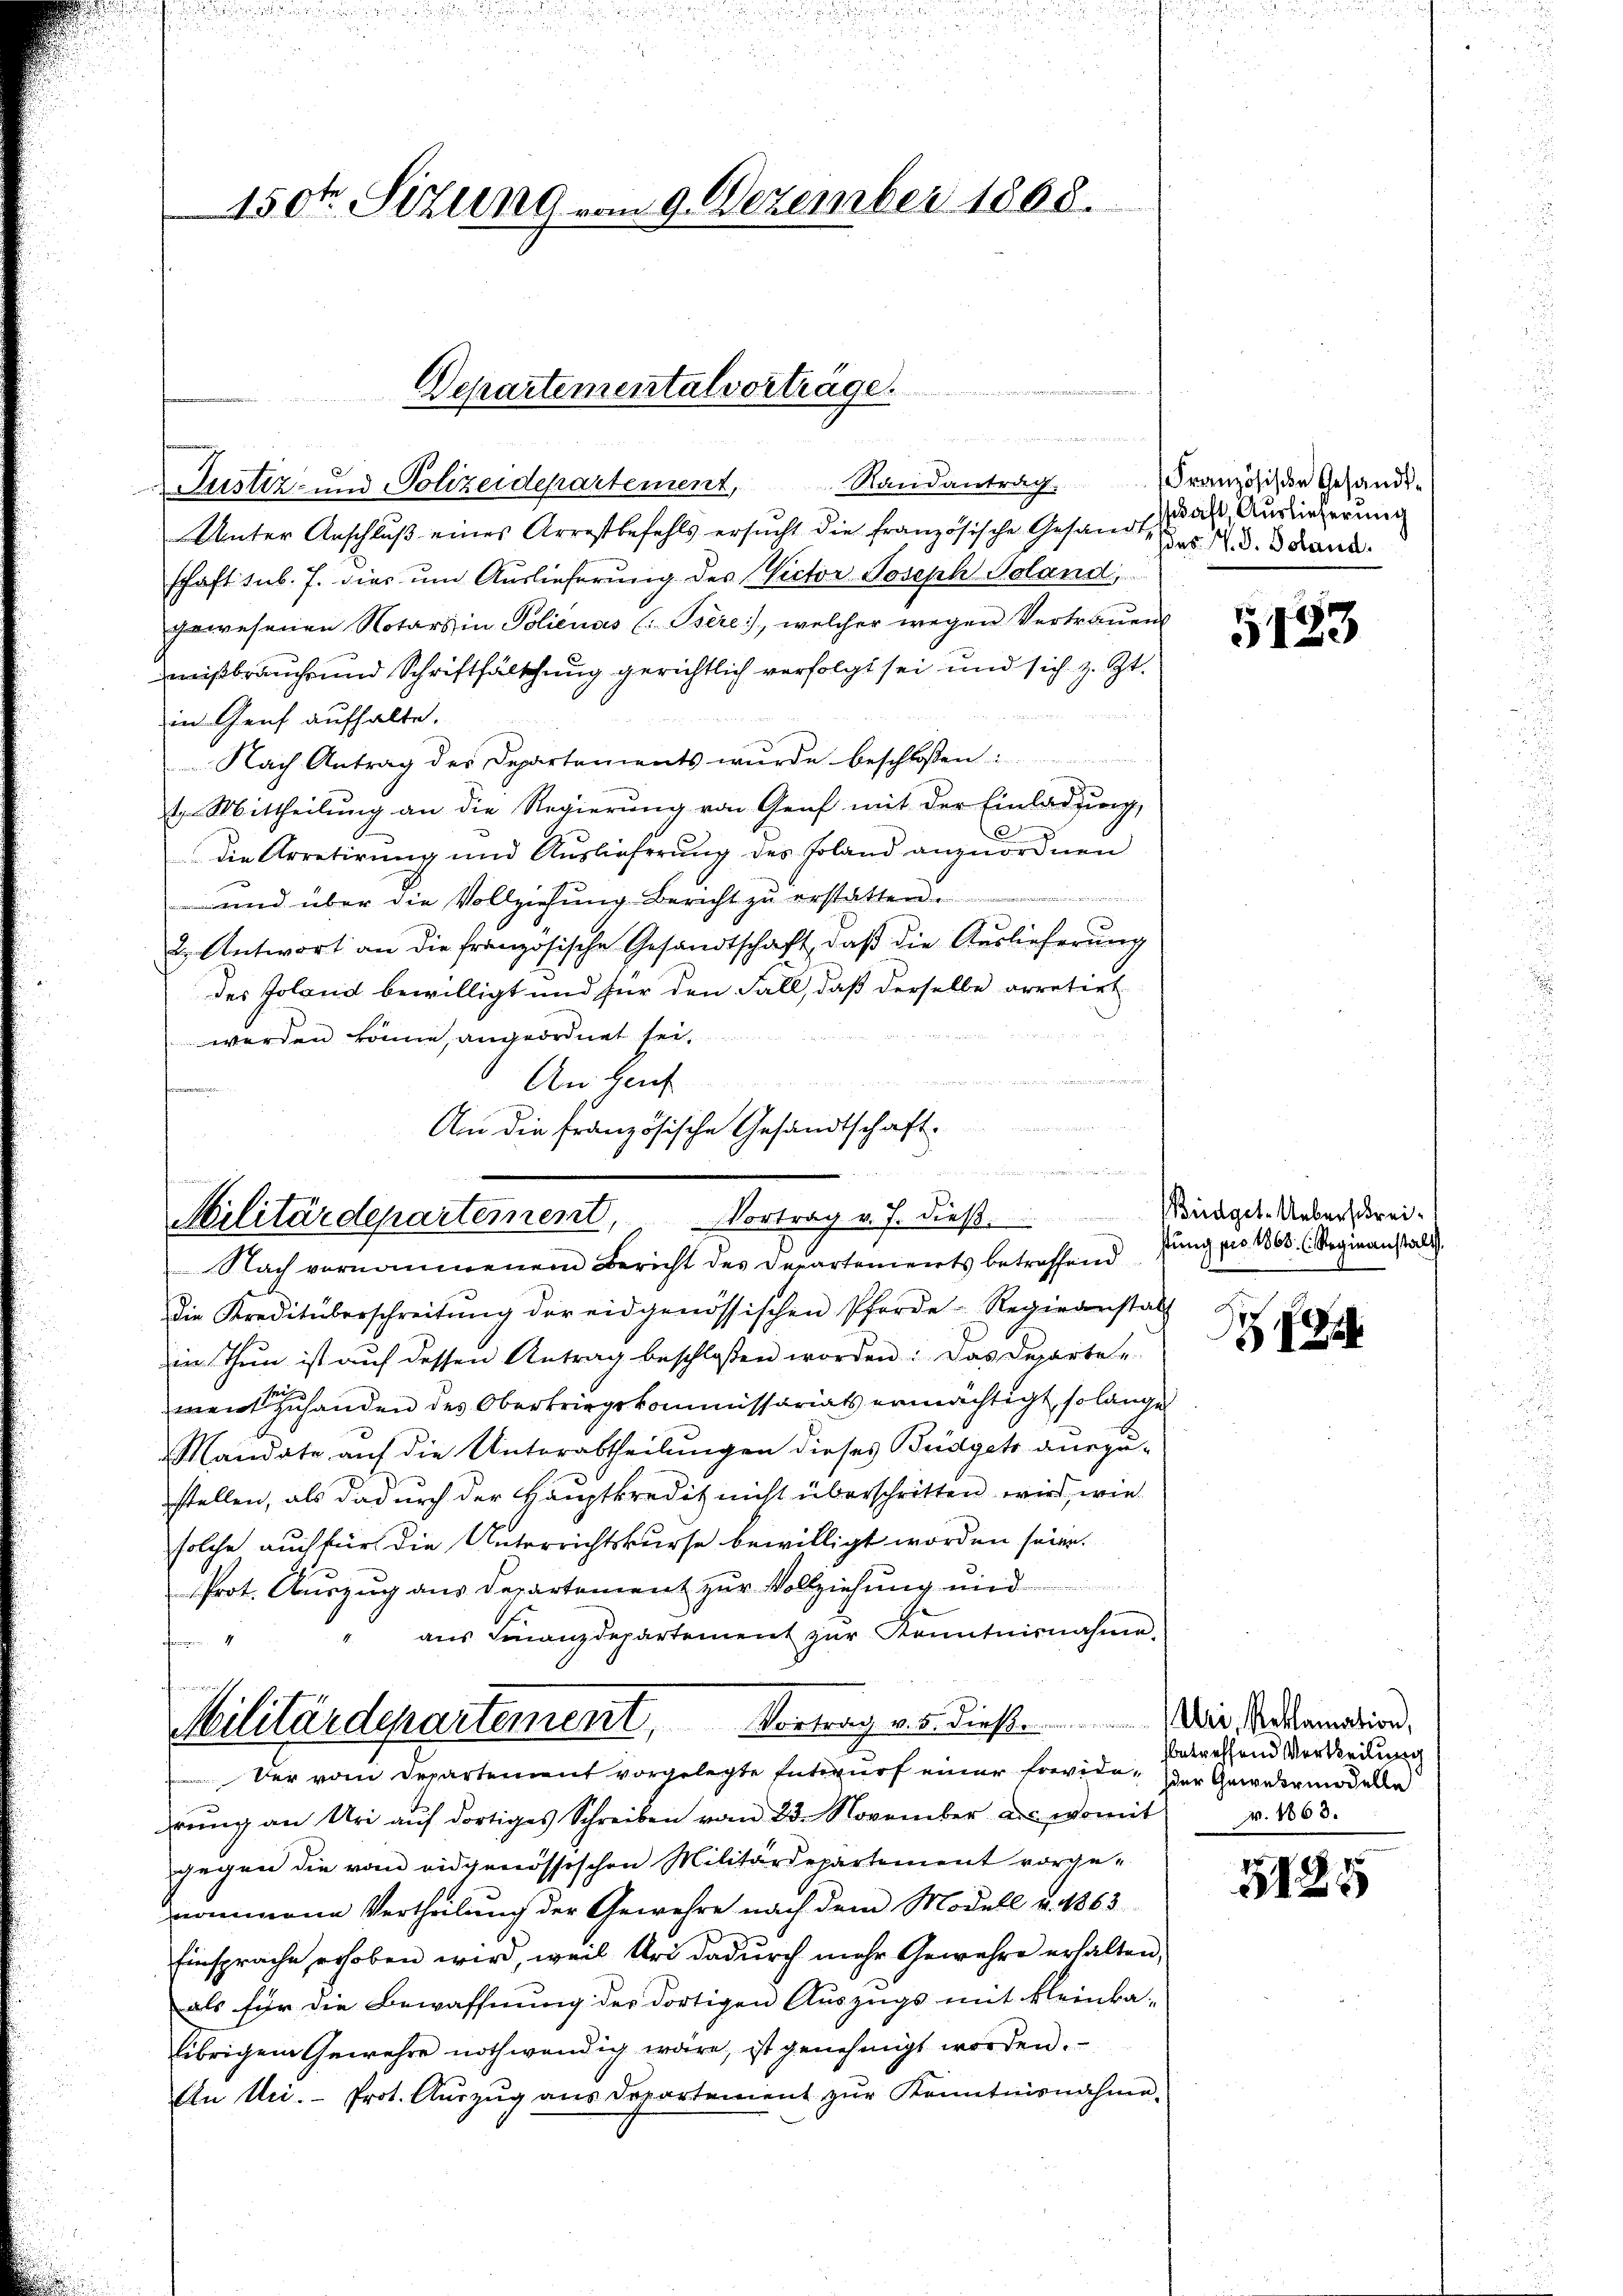
150fr. Sizung vom 9. Dezember 1868.

Departementalvortrage.

n
Justiz- und Polizeidepartement,
Unter Anschluß eines Arrestbefehls ersŭcht die französische Gesandt, u. d. d. Stand.
schaft sub. 7. dies um Auslieferung des Victor Joseph Soland,
gewesenen Notars in Polienas (: Bsère), welcher wegen Vertrauens
mißbrauch und Schriftfälschung gerichtlich verfolgt sei und sich z. Zt.
in Genf aufhalte.
Nach Antrag des Departements wurde beschlossen:
2
t. Mittheilung an die Regierung von Genf mit der Einladung,
die Arretirung und Auslieferung des Erland anzuordnen
und über die Vollziehung Bericht zu erstatten.
2. Antwort an die französische Gesandtschaft, daß die Auslieferung
des Joland bewilligt und für den Fall, daß derselbe arretirt
werden könne, angeordnet sei,
u
An Heut
frommen

An die französische Gesandtschaft
in den gegen

u
1 Br 22
a
Militärdepartement,
Vortrag v. J. dieß.

Randantrag.

Nach vernommenem Bericht des Departements betreffend
Die Kreditüberschreitŭng der eidgenössischen Pforde-Regienstalt
in Thun ist auf dessen Antrag beschlossen worden: Das Departe-
ment handen des Oberkriegskommissariats ermächtigt, so lange
Mandate auf die Unterabtheilungen dieses Büdgets auszu-
stellen, als dadurch der Hauptkredit nicht überschritten wird, wie
solche auch für die Unterrichtskurse bewilligt worden seien.
Prot. Auszug aus Departement zur Vollziehung und
aus Finanzdepartement zur Kenntnisnahme,
feren
Militärdepartement, Vortrag v. 5. dieß. Wir dramation,
Der vom Departement vorgelegte Entwurf einer Erwide, der Gewidermodelle
rung an Uri auf dortiges Schreiben vom 23. November des womit
gegen die vom eidgenössischen Militärdepartement vorgenommene Vertheilung der Gewehre nach dem Modell u. 1863
Einsprache erhoben wird, weil Uri dadurch mehr Gewehre erhalten,
als für die Bewaffnung der dortigen Auszugs mit kleinka-
übrigem Gewehre nothwendig wäre, ist genehmigt worden.
Ein Uri. Prot. Aŭszŭg ans Departement zŭr Kenntnisnahme.

Französische Gesandt-
schaft, Auslieferung

Büdget-Ueberschreistung pro 1863. (Regieanstalt

5123

1125

betreffend Vertheilung
r. 1863.